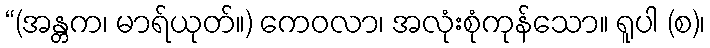
“(အန္တက၊ မာရ်ယုတ်။) ကေဝလာ၊ အလုံးစုံကုန်သော။ ရူပါ (စ)၊